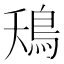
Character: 鴁